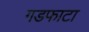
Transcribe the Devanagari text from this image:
गडफाटा